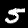
Digit: 5